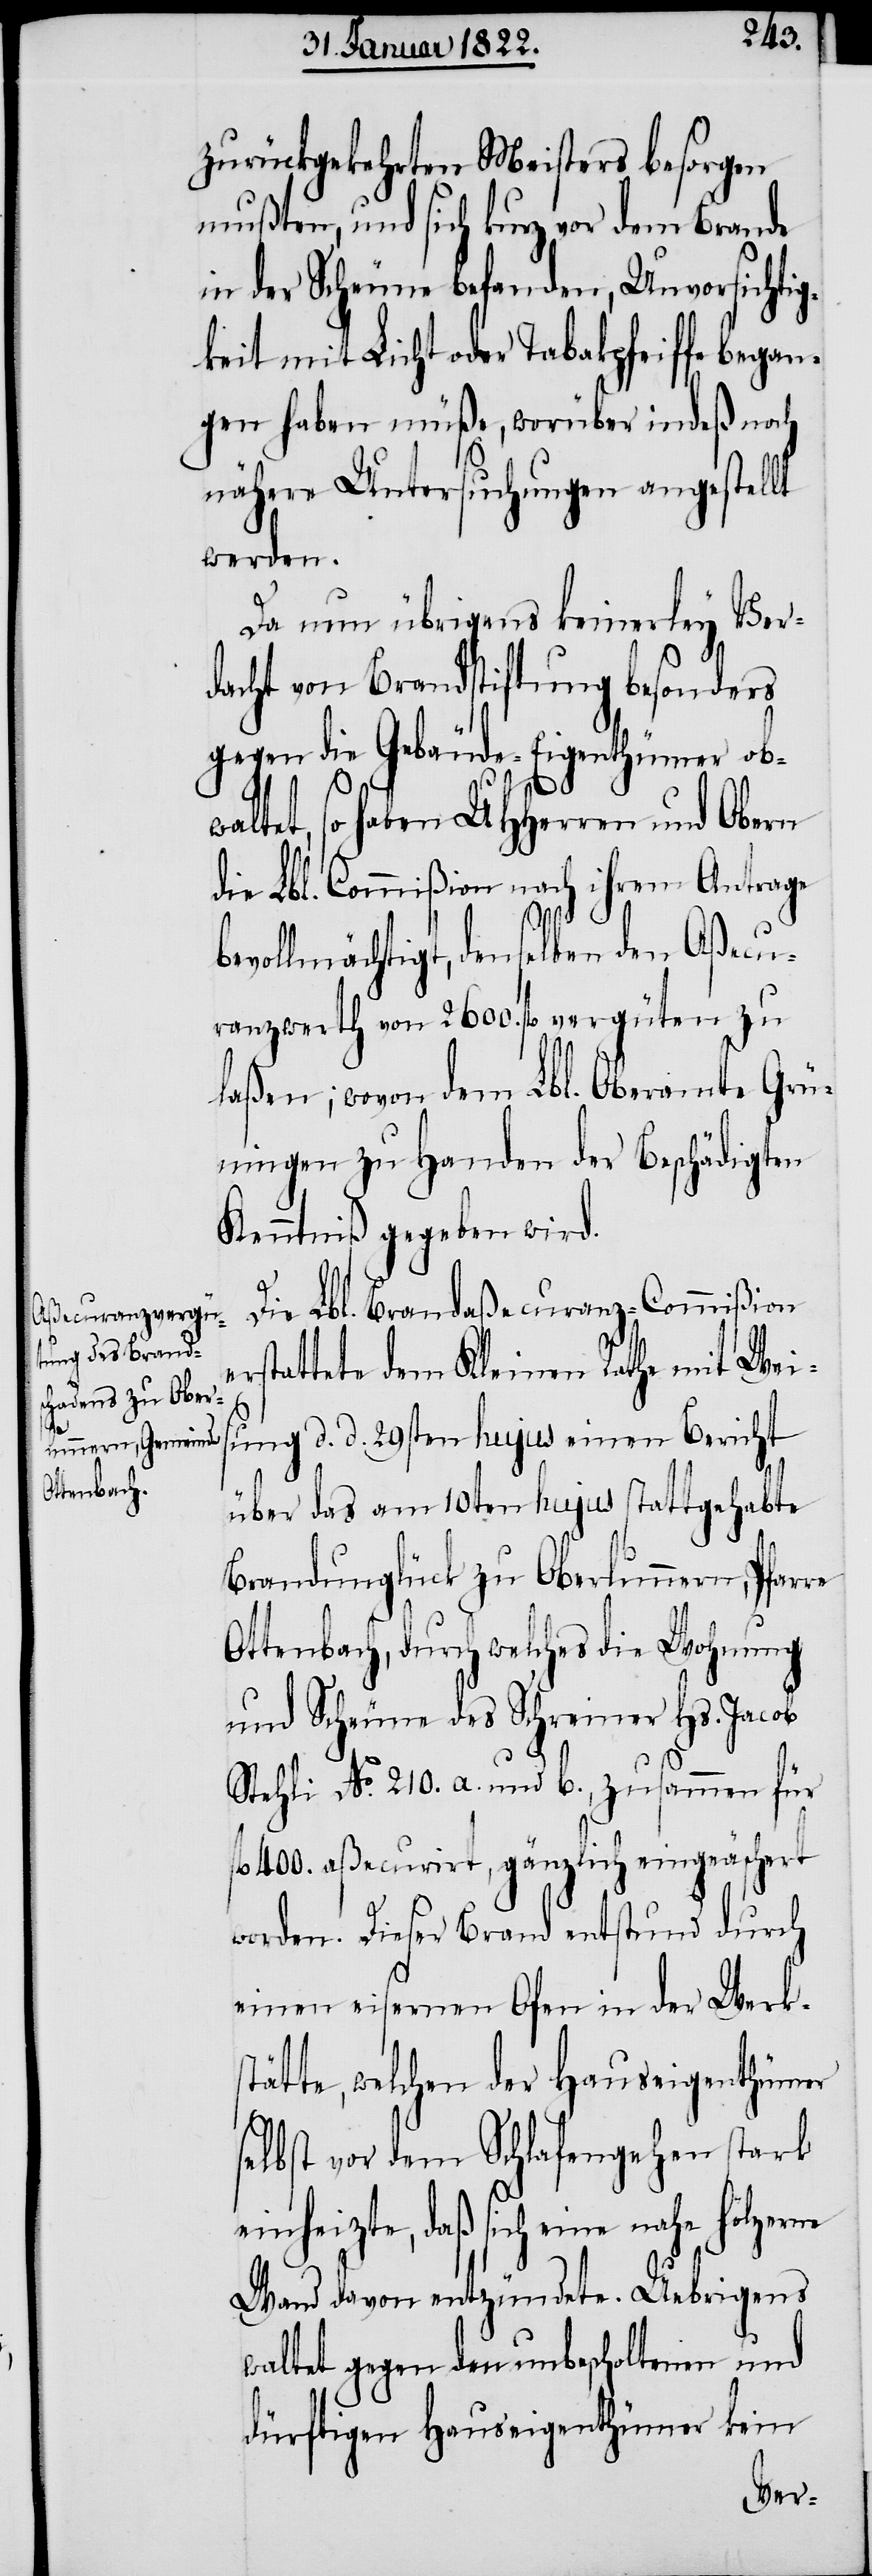
s¬

zurückgekehrten Meisters besorgen
mußten, und sich kurz vor dem Brande
in der Scheune befanden, Unvorsichtig¬
keit mit Licht oder Tabakpfeife began¬
gen haben müße, worüber indeß noch
nähere Untersuchungen angestellt
werden.
Da nun übrigens keinerley Ver¬
dacht von Brandstiftung besonders
gegen die Gebäude-Eigenthümer obw¬
altet, so haben UHHerren und Obern
die Lbl. Commißion nach ihrem Antrage
bevollmächtigt, denselben den Aßecu¬
ranzwerth von 2600. fl. vergüten zu
laßen; wovon dem Lbl. Oberamte Grü¬
ningen zu Handen der Beschädigten
Kenntniß gegeben wird.
Die Lbl. Brandaßecuranz-Commißion
rstattete dem Kleinen Rathe mit Weis¬
ung d. d. 29sten hujus einen Bericht
über das am 10ten hujus stattgehabte
Brandunglück zu Oberlunnern, Pfarre
Ottenbach, durch welches die Wohnung
und Scheune des Schreiner Hs. Jacob
Stehli No. 210. a. und b., zusammen für
fl. 400. aßecurirt, gänzlich eingeäschert
worden. Dieser Brand entstand durch
einen eisernen Ofen in der Werks¬
tätte, welchen der Hauseigenthümer
elbst vor dem Schlafengehen stark
einheizte, daß sich eine nahe hölzerne
Wand davon entzündete. Uebrigens
waltet gegen den unbescholtenen und
dürftigen Hauseigenthümer kein